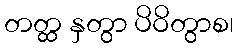
တတ္ထ နှတွာ ပိဝိတွာစ၊